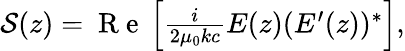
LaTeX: \begin{array}{r}{\mathcal{S}(z)=\mathrm{~R~e~}\left[\frac{i}{2\mu_{0}kc}E(z)(E^{\prime}(z))^{*}\right],}\end{array}